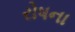
રોષના